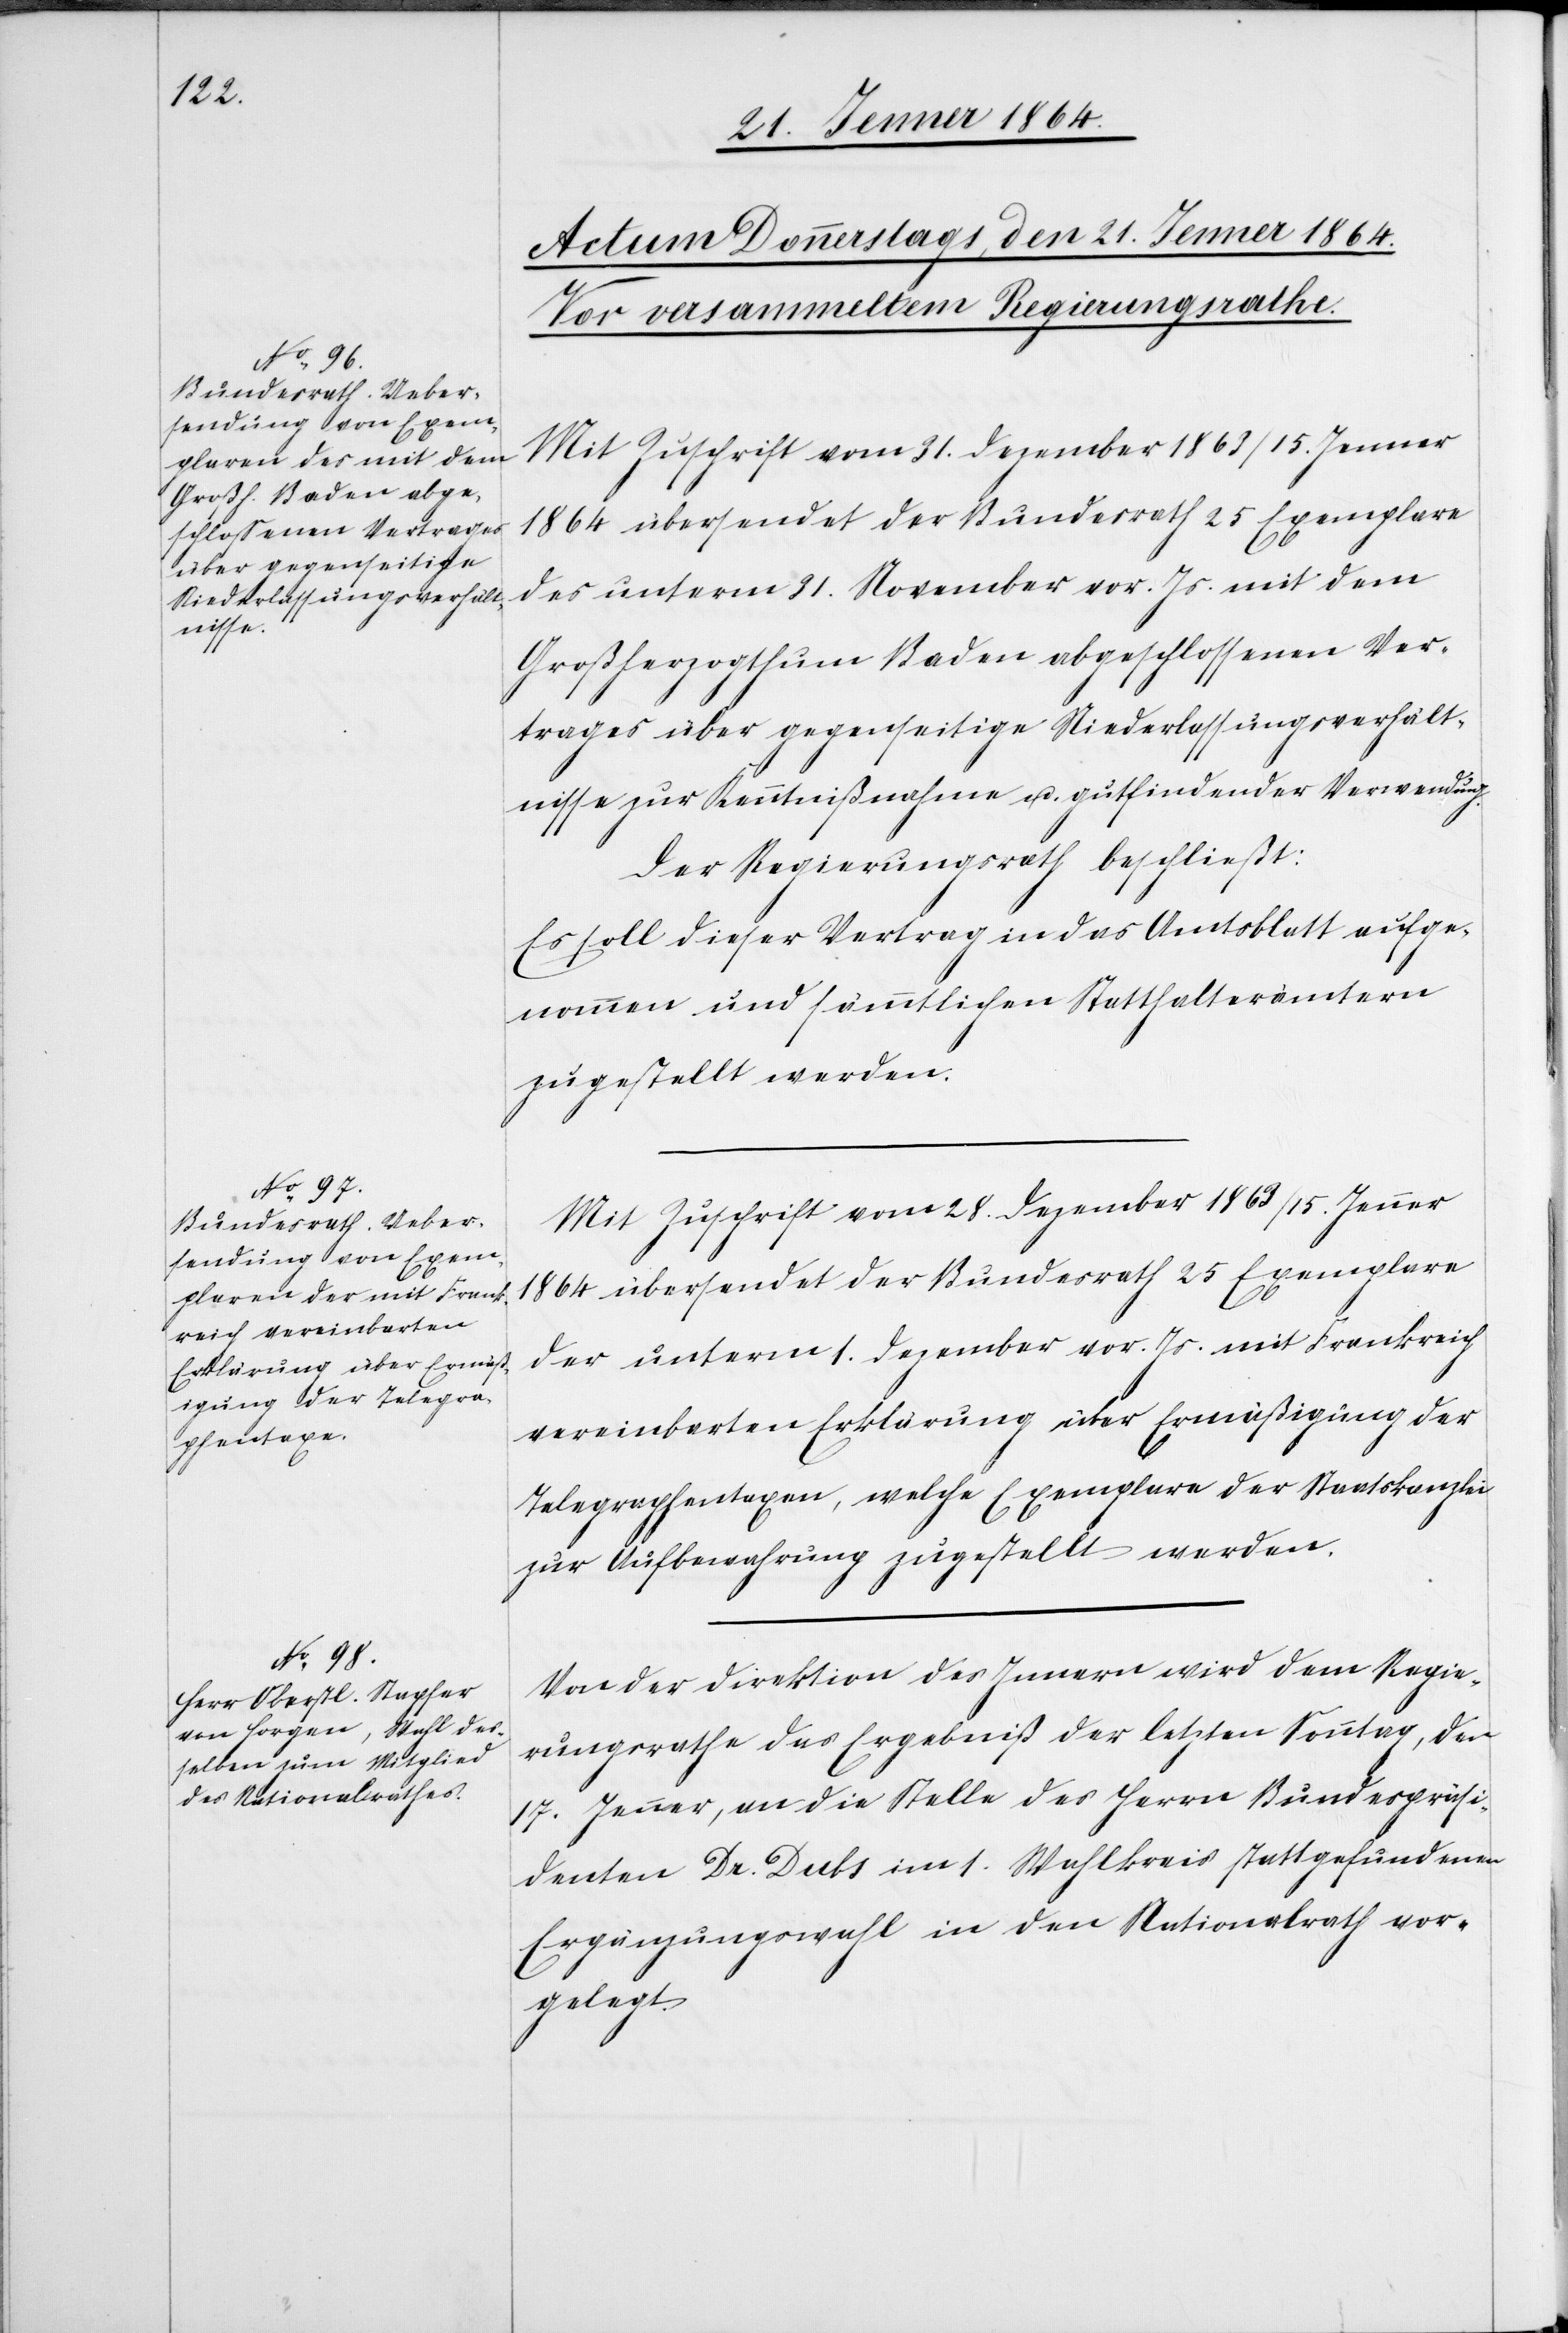
Mit Zuschrift vom 31. Dezember 1863/15. Jenner
1864 übersendet der Bundesrath 25 Exemplare
des unterm 31. November vor. Js. mit dem
Großherzogthum Baden abgeschlossenen Ver¬
trages über gegenseitige Niederlassungsverhält¬
nisse zur Kenntnißnahme u. gutfindender Verwendung.
Der Regierungsrath beschließt:
Es soll dieser Vertrag in das Amtsblatt aufge¬
nommen und sämmtlichen Statthalterämtern
zugestellt werden.
Mit Zuschrift vom 28. Dezember 1863/15. Jenner
1864 übersendet der Bundesrath 25 Exemplare
der unterm 1. Dezember vor. Js. mit Frankreich
vereinbarten Erklärung über Ermäßigung der
Telegraphentaxen, welche Exemplare der Staatskanzlei
zur Aufbewahrung zugestellt werden.
Von der Direktion des Innern wird dem Regie¬
rungsrathe das Ergebniß der letzten Sonntag, den
17. Jenner, an die Stelle des Herrn Bundespräsi¬
denten Dr. Dubs im 1. Wahlkreis stattgefundenen
Ergänzungswahl in den Nationalrath vor¬
gelegt.